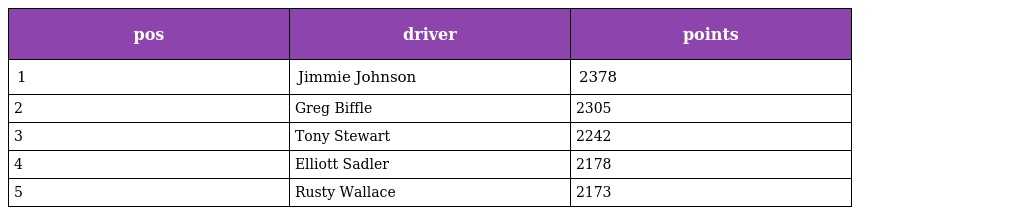
| pos | driver | points |
 | --- | --- | --- |
 | 1 | Jimmie Johnson | 2378 |
 | 2 | Greg Biffle | 2305 |
 | 3 | Tony Stewart | 2242 |
 | 4 | Elliott Sadler | 2178 |
 | 5 | Rusty Wallace | 2173 |